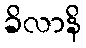
ခိလာနိ